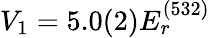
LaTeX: V_{1}=5.0(2)E_{r}^{(532)}